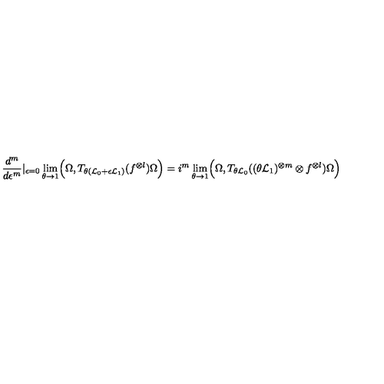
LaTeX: \frac { d ^ { m } } { d \epsilon ^ { m } } \vert _ { \epsilon = 0 } \lim _ { \theta \to 1 } \Bigl ( \Omega , T _ { \theta ( { \cal L } _ { 0 } + \epsilon { \cal L } _ { 1 } ) } ( f ^ { \otimes l } ) \Omega \Bigr ) = i ^ { m } \lim _ { \theta \to 1 } \Bigl ( \Omega , T _ { \theta { \cal L } _ { 0 } } ( ( \theta { \cal L } _ { 1 } ) ^ { \otimes m } \otimes f ^ { \otimes l } ) \Omega \Bigr )